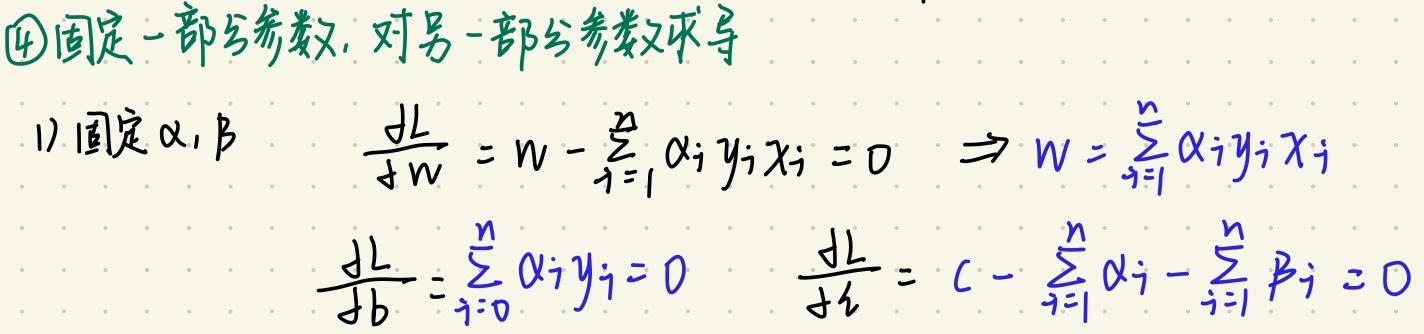
$\textcircled{4}$固定一部分参数，对另一部分参数求导
1) 固定 $\alpha,\beta$
\[
\frac{\mathrm{d}L}{\mathrm{d}w}=w - \sum_{i = 1}^{n}\alpha_{i}y_{i}x_{i}=0 \Rightarrow w=\sum_{i = 1}^{n}\alpha_{i}y_{i}x_{i}
\]
\[
\frac{\mathrm{d}L}{\mathrm{d}b}=\sum_{i = 0}^{n}\alpha_{i}y_{i}=0 \quad \frac{\mathrm{d}L}{\mathrm{d}\xi}=C - \sum_{i = 1}^{n}\alpha_{i}-\sum_{i = 1}^{n}\beta_{i}=0
\]